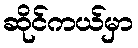
ဆိုင်ကယ်မှာ